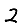
Digit: 2